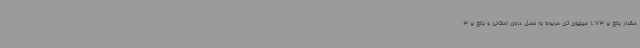
مقدار بالغ بر 1.73 میلیون تن مربوط به حمل درون استانی و بالغ بر 3